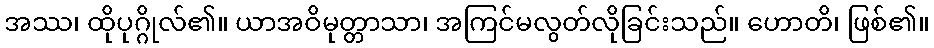
အဿ၊ ထိုပုဂ္ဂိုလ်၏။ ယာအဝိမုတ္တာသာ၊ အကြင်မလွတ်လိုခြင်းသည်။ ဟောတိ၊ ဖြစ်၏။